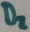
Text: D2